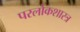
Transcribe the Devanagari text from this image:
परलोकशास्त्र